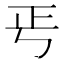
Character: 𭭘